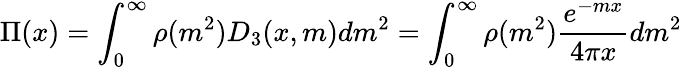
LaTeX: \Pi(x)=\int_{0}^{\infty}\rho(m^{2})D_{3}(x,m)dm^{2}=\int_{0}^{\infty}\rho(m^{2}){\frac{e^{-mx}}{4\pi x}}dm^{2}